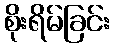
စိုးရိမ်ခြင်း